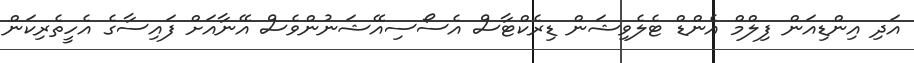
އަދި އިންޑިއަން ފިލްމް އެންޑް ޓެލެވިޝަން ޑިރެކްޓާސް އެސޯސިއޭޝަނުންވެސް އޭނާއަށް ފައިސާގެ އެހީތެރިކަން